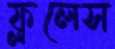
ফ্ললেস